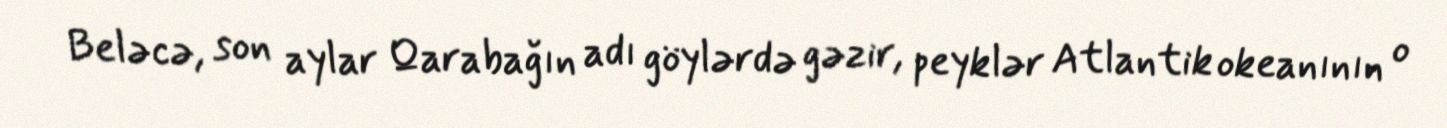
Beləcə, son aylar Qarabağın adı göylərdə gəzir, peyklər Atlantik okeanının o